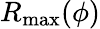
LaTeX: R_{\operatorname*{max}}(\phi)